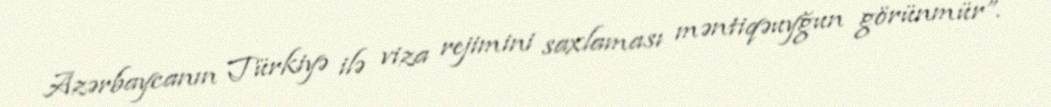
Azərbaycanın Türkiyə ilə viza rejimini saxlaması məntiqəuyğun görünmür”.